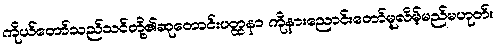
ကိုယ်တော်သည်သင်တို့၏ဆုတောင်းပတ္ထနာ ကိုနားညောင်းတော်မူလိမ့်မည်မဟုတ်။